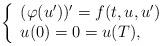
LaTeX: \begin{align*}\left\{\begin{array}{lll}(\varphi(u' ))' = f(t,u,u') & & \\u(0)=0=u(T), \end{array}\right.\end{align*}